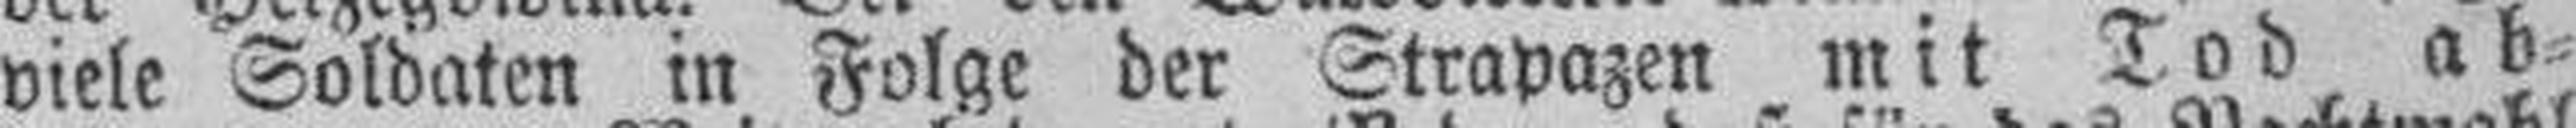
viele Soldaten in Folge der Strapazen mit Tod ab¬